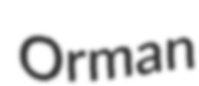
Orman